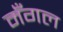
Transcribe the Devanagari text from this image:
मँगल